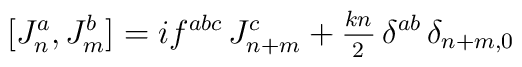
[J^{a}_{n},J^{b}_{m}]=if^{abc}\,	J^{c}_{n+m}+{_{kn}\over^2}\,\delta^{ab}\,	\delta_{n+m,0}